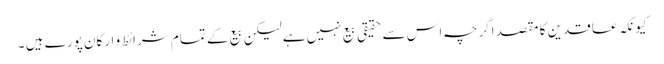
کیونکہ عاقدین کا مقصد اگرچہ اس سے حقیقی بیع نہیں ہےلیکن بیع کے تمام شرائط و ارکان پورے ہیں ۔